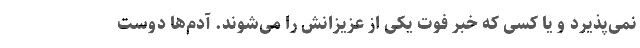
نمی‌پذیرد و یا کسی که خبر فوت یکی از عزیزانش را می‌شوند. آدم‌ها دوست